Education (Scotland) Act, 1918, 1918
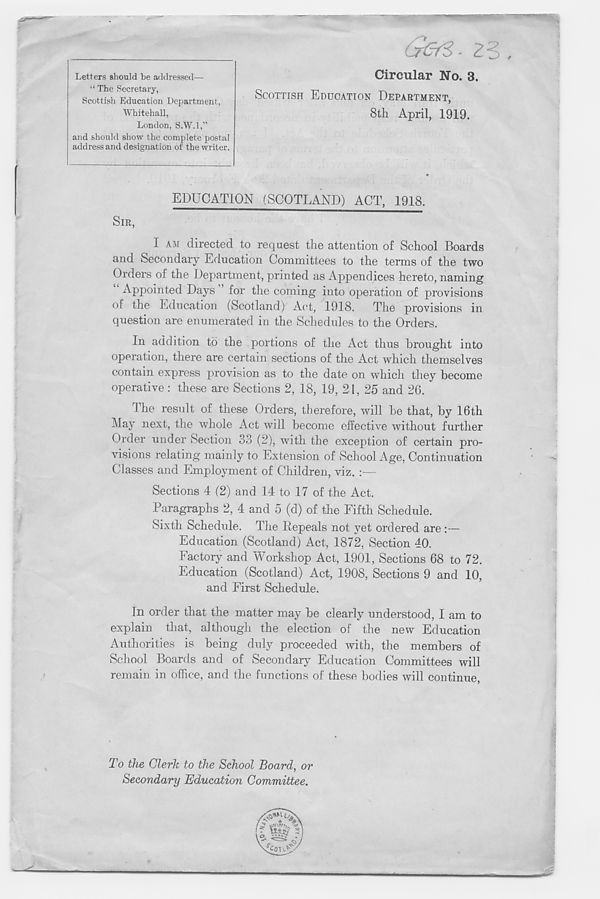
0!PMi
CrOfS -23,
Circular No. 3.
SCOTTISH EDUCATION DEPARTMENT,
8th April, 1919.
EDUCATION (SCOTLAND) ACT, 1918.
SIR,
I AM directed to request the attention of School Boards
and Secondary Education Committees to the terms of the two
Orders of the Department, printed as Appendices hereto, naming
Appointed Days for the coming into operation of provisions
of the Education (Scotland) Act, 1918. The provisions in
question are enumerated in the Schedules to the Orders.
In addition to the portions of the Act thus brought into
operation, there are certain sections of the Act which themselves
contain express provision as to the date on which they become
operative: these are Sections 2, 18, 19, 21, 25 and 26.
The result of these Orders, therefore, will be that, by 16th
May next, the whole Act will become effective without further
Order under Section 33 (2), with the exception of certain pro-
visions relating mainly to Extension of School Age, Continuation
Classes and Employment of Children, viz. —
Sections 4 (2) and 14 to 17 of the Act.
Paragraphs 2, 4 and 5 (d) of the Fifth Schedule.
Sixth Schedule. The Repeals not yet ordered are :—
Education (Scotland) Act, 1872, Section 40.
Factory and Workshop Act, 1901, Sections 68 to 72.
Education (Scotland) Act, 1908, Sections 9 and 10,
and First Schedule.
In order that the matter may be clearly understood, I am to
explain that, although the election of the new Education
Authorities is being duly proceeded with, the members of
School Boards and of Secondary Education Committees will
remain in office, and the functions of these bodies will continue,
Letters should be addressed—
“ The Secretary,
Scottish Education Department,
Whitehall,
London, S.W.l,”
and should show the complete postal
address and designation of the writer.
To the Clerk to the School Board, or
Secondary Education Committee.